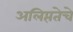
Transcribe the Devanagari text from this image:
अलिप्ततेचे